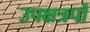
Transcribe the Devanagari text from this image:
उपक्षत्रपों